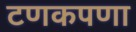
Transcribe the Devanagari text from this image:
टणकपणा